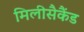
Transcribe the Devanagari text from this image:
मिलीसैकैंड